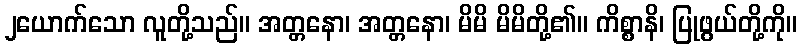
၂ယောက်သော လူတို့သည်။ အတ္တနော၊ အတ္တနော၊ မိမိ မိမိတို့၏။ ကိစ္စာနိ၊ ပြုဖွယ်တို့ကို။